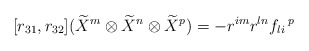
\begin{align*}[r_{31},r_{32}](\widetilde{X}^{m}\otimes \widetilde{X}^{n}\otimes \widetilde{X}^{p})=-r^{im}r^{ln}f_{li}\,^{p}\end{align*}